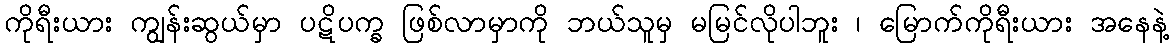
ကိုရီးယား ကျွန်းဆွယ်မှာ ပဋိပက္ခ ဖြစ်လာမှာကို ဘယ်သူမှ မမြင်လိုပါဘူး ၊ မြောက်ကိုရီးယား အနေနဲ့